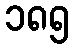
၁၈၅